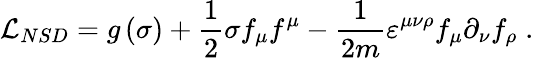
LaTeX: {\cal L}_{NSD}=g\left(\sigma\right)+\frac 1{2}\sigma f_{\mu}f^{\mu}-\frac 1{2m}\varepsilon^{\mu\nu\rho}f_{\mu}\partial_{\nu}f_{\rho}\; .